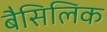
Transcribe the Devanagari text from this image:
बैसिलिक